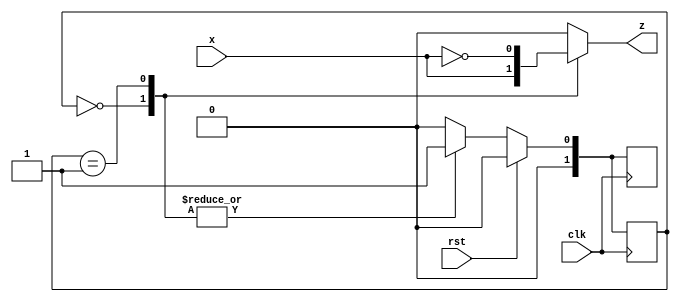
`timescale 1ns / 1ps
//////////////////////////////////////////////////////////////////////////////////
// Company: 
// Engineer: 
// 
// Design Name: 
// Module Name: two_complement
// Project Name: 
// Target Devices: 
// Tool Versions: 
// Description: 
// 
// Dependencies: 
// 
// Revision:
// Revision 0.01 - File Created
// Additional Comments:
// 
//////////////////////////////////////////////////////////////////////////////////

// Assignment - 4
// Problem  - 1
// Semester Aut - 2020 
// Group - 53
// Name_1 : Hardik Aggarwal 
// Roll_1 : 18CS10021
// Name_2 : Sriyash Poddar
// Roll_2 : 18CS30040

module two_complement(x, clk, rst, z            
    );
input x, clk, rst;
output reg z;
parameter S0 = 0, S1 = 1;        // S0 : we are yet to see first 1, S1 : we have already seen out first 1 
reg [0:1]  PS, NS;
always @ (posedge clk)       
if (rst) begin
    PS <= S0;       // reset to state 0 
    NS <= S0;       
   end
else begin
    PS <= NS;       // else update present state as next state
    end

always @(PS or x)   // whenever input or state changes
    case (PS)
    S0 : begin                  // if I have not 
        z <= x;
        NS <= S1;              // whenever I encounter my first one start changing every new bit to z = !x
        end
    S1 : begin
        z <= !x;               // We have already encountered a 1 hence always z = !x
        NS <= S1;
        end
    default: begin               // invalid input hence reset my state 
        NS <= S0;
        z <= 0;
        end
    endcase


endmodule